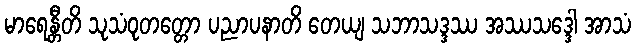
မာရေန္တီတိ သုသံဝုတတ္တော ပညာပနာတိ တေယျ သဘာသဒ္ဒဿ အဿသဒ္ဒေါ အာသံ